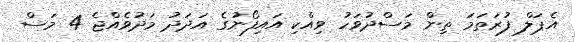
އެޕަލް ފުރަތަމަ ތިން މަސްދުވަހު ވިއްކި އައިފޯނުގެ އަދަދު މަދުވެއްޖެ 4 މަސް